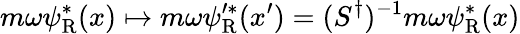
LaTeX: m\omega\psi_{\mathrm{{R}}}^{*}(x)\mapsto m\omega\psi_{\mathrm{{R}}}^{\prime*}(x^{\prime})=(S^{\dagger})^{-1}m\omega\psi_{\mathrm{{R}}}^{*}(x)